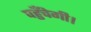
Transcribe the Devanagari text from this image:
पहुँचेगी।